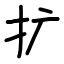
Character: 扩